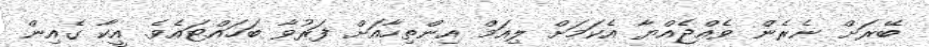
ބޭރަށް ނެރެން ވެއްޖެއްޔާ އެކަމަށް ލިއަމް އިންތިހާއަށް ފަރުވާ ބަހައްޓައެވެ. އީކާ ގެއިން